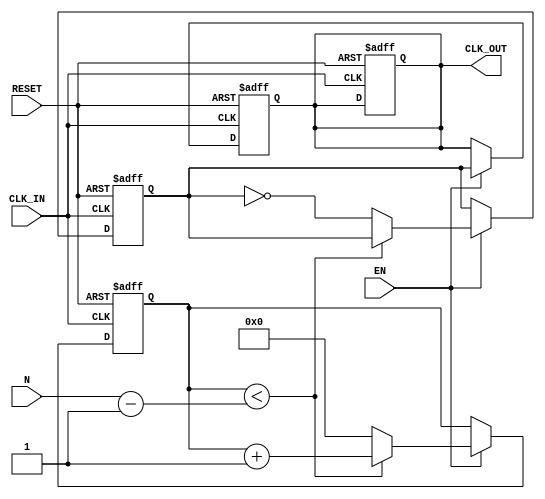
module ClockDividerBuffer (
    input wire CLK_IN,      // Input clock signal
    input wire RESET,       // Asynchronous reset signal
    input wire EN,          // Enable signal
    input wire [31:0] N,    // Division factor (should be a positive integer)
    output reg CLK_OUT      // Output divided clock signal
);
    
    reg [31:0] counter;     // Counter to count clock cycles
    reg clk_out_next;       // Next state of CLK_OUT

    // Ensure N is greater than 0; otherwise, CLK_OUT should remain 0
    always @(posedge CLK_IN or posedge RESET) begin
        if (RESET) begin
            counter <= 0;
            CLK_OUT <= 0;
            clk_out_next <= 0;
        end else if (EN) begin
            if (counter < (N-1)) begin
                counter <= counter + 1;
            end else begin
                counter <= 0;
                clk_out_next <= ~clk_out_next; // Toggle the output clock
            end
        end
    end

    // Update the output clock signal
    always @(posedge CLK_IN or posedge RESET) begin
        if (RESET) begin
            CLK_OUT <= 0;  // Reset output clock signal
        end else if (EN) begin
            CLK_OUT <= clk_out_next; // Update output clock
        end
    end

endmodule